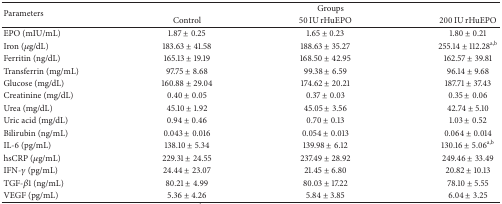
<table><thead><tr><td rowspan="2"><b>Parameters</b></td><td colspan="3"><b>Groups</b></td></tr><tr><td><b>Control</b></td><td><b>50 IU rHuEPO </b></td><td><b>200 IU rHuEPO </b></td></tr></thead><tbody><tr><td>EPO (mIU/mL)</td><td>1.87 ± 0.25</td><td>1.65 ± 0.23</td><td>1.80 ± 0.21</td></tr><tr><td>Iron (<i>μ</i>g/dL) </td><td>183.63 ± 41.58</td><td>188.63 ± 35.27</td><td>255.14 ± 112.28<sup>a,b</sup></td></tr><tr><td>Ferritin (ng/dL)</td><td>165.13 ± 19.19</td><td>168.50 ± 42.95</td><td>162.57 ± 39.81</td></tr><tr><td>Transferrin (mg/mL) </td><td>97.75 ± 8.68</td><td>99.38 ± 6.59</td><td>96.14 ± 9.68</td></tr><tr><td>Glucose (mg/dL) </td><td>160.88 ± 29.04</td><td>174.62 ± 20.21</td><td>187.71 ± 37.43</td></tr><tr><td>Creatinine (mg/dL)</td><td>0.40 ± 0.05</td><td>0.37 ± 0.03</td><td>0.35 ± 0.06</td></tr><tr><td>Urea (mg/dL)</td><td>45.10 ± 1.92</td><td>45.05 ± 3.56</td><td>42.74 ± 5.10</td></tr><tr><td>Uric acid (mg/dL) </td><td>0.94 ± 0.46</td><td>0.70 ± 0.13</td><td>1.03 ± 0.52</td></tr><tr><td>Bilirubin (ng/mL) </td><td>0.043 ± 0.016</td><td>0.054 ± 0.013</td><td>0.064 ± 0.014</td></tr><tr><td>IL-6 (pg/mL) </td><td>138.10 ± 5.34</td><td>139.98 ± 6.12</td><td>130.16 ± 5.06<sup>a,b</sup></td></tr><tr><td>hsCRP (<i>μ</i>g/mL) </td><td>229.31 ± 24.55</td><td>237.49 ± 28.92</td><td>249.46 ± 33.49</td></tr><tr><td>IFN-<i>γ</i> (pg/mL) </td><td>24.44 ± 23.07</td><td>21.45 ± 6.80</td><td>20.82 ± 10.13</td></tr><tr><td>TGF-<i>β</i>1 (ng/mL)</td><td>80.21 ± 4.99</td><td>80.03 ± 17.22</td><td>78.10 ± 5.55</td></tr><tr><td>VEGF (pg/mL) </td><td>5.36 ± 4.26</td><td>5.84 ± 3.85</td><td>6.04 ± 3.25</td></tr></tbody></table>